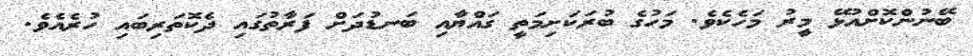
ބޭނުންކޮށްއުޅޭ މީރު މަހެކެވެ. މަހުގެ ބުރަކަށިމަތީ ގައްޔާއި ބަނޑުދަށް ފަރާތުގައި ދެކޮތަރިބައި ހުރެއެވެ.